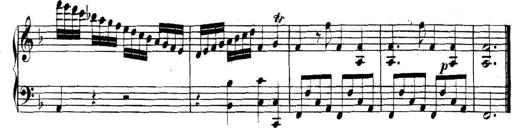
Title: Collected Piano Sonatas
Composer: Muzio Clementi